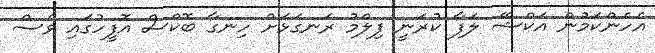
އެހެންކަމުން އަކްޝޭ ލަފާ ކުރަނީ ފިލްމު ރަނގަޅަށް ހިނގާ ބޮކްސް އޮފީހުގައި ވެސް